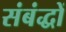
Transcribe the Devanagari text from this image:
संबंद्धों